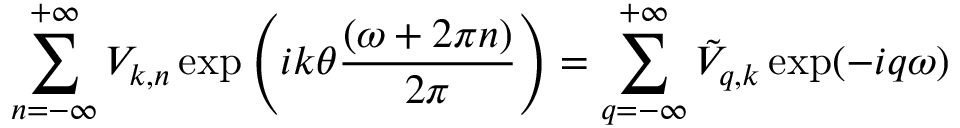
\sum _ { n = - \infty } ^ { + \infty } { \cal V } _ { k , n } \exp \left( i k \theta \frac { ( \omega + 2 \pi n ) } { 2 \pi } \right) = \sum _ { q = - \infty } ^ { + \infty } \tilde { \cal V } _ { q , k } \exp ( - i q \omega )